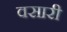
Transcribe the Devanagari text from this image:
वसारी